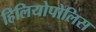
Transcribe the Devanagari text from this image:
हिलियोपोलिस